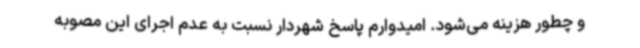
و چطور هزینه می‌شود. امیدوارم پاسخ شهردار نسبت به عدم اجرای این مصوبه